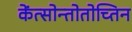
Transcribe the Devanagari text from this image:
केंत्सोन्तोतोच्तिन